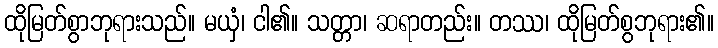
ထိုမြတ်စွာဘုရားသည်။ မယှံ၊ ငါ၏။ သတ္တာ၊ ဆရာတည်း။ တဿ၊ ထိုမြတ်စွဘုရား၏။